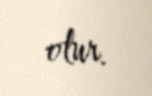
olur.